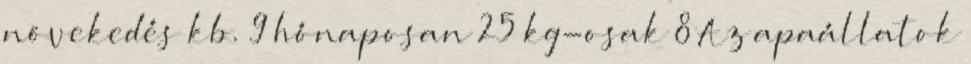
növekedés kb. 9 hónaposan 25 kg-osak 8 Az apaállatok